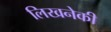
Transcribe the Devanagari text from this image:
लिखनेकी